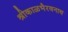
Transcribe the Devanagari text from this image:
श्रीकाळभैरवनाथ